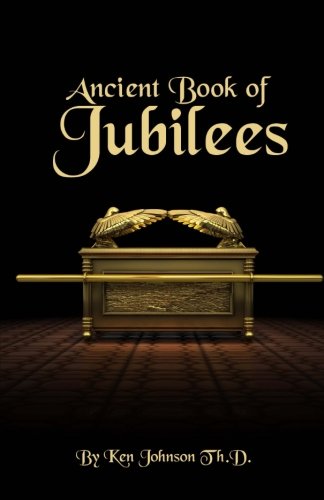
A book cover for Ancient Book of Jubilees; Ken Johnson; History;